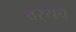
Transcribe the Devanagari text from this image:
बर्‍यच